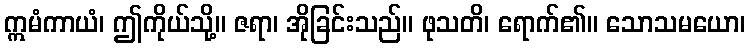
ဣမံကာယံ၊ ဤကိုယ်သို့။ ဇရာ၊ အိုခြင်းသည်။ ဖုသတိ၊ ရောက်၏။ သောသမယော၊